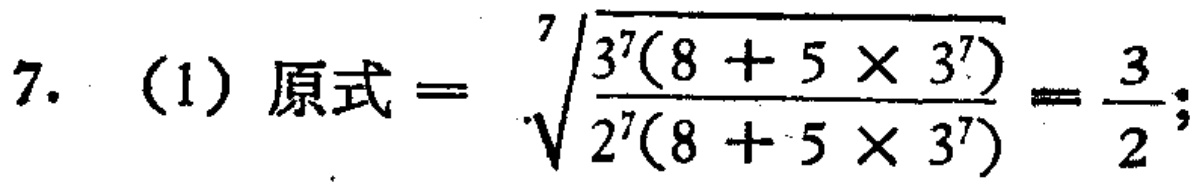
7. (1) 原式$=\sqrt[7]{\frac{3^{7}(8 + 5\times3^{7})}{2^{7}(8 + 5\times3^{7})}}=\frac{3}{2}$;